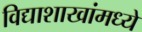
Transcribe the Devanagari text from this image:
विद्याशाखांमध्ये